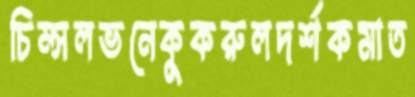
চিম্‌সলভনেকুকরুলদর্শকমাত